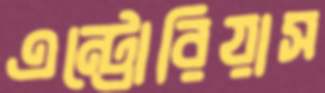
এন্ট্রোরিয়াস